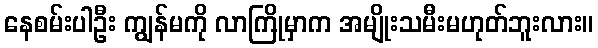
နေစမ်းပါဦး ကျွန်မကို လာကြိုမှာက အမျိုးသမီးမဟုတ်ဘူးလား။